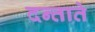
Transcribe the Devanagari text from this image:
दन्ताते